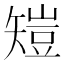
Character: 𥏸